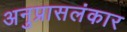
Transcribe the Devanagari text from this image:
अनुप्रासलंकार